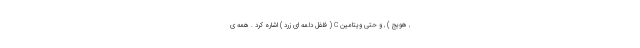
, هویج ) , و حتی ویتامین C ( فلفل دلمه ای زرد ) اشاره کرد . همه ی